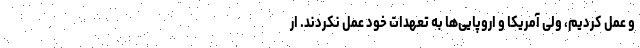
و عمل کردیم، ولی آمریکا و اروپایی‌ها به تعهدات خود عمل نکردند. ار